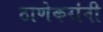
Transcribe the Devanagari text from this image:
ठाणेकरांनी